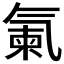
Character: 𣱨